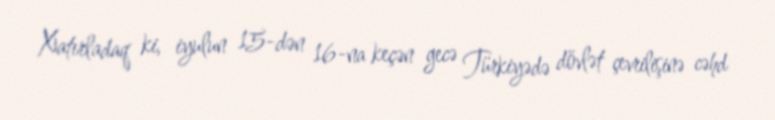
Xatırladaq ki, iyulun 15-dən 16-na keçən gecə Türkiyədə dövlət çevrilişinə cəhd